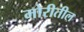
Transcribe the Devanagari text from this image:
मोरीतील